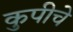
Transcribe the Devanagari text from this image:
कुपीचे